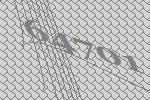
64701